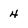
Character: 4